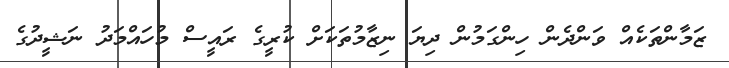
ޒަމާންތަކެއް ވަންދެން ހިންގަމުން ދިޔަ ނިޒާމުތަކަށް ކުރީގެ ރައީސް މުހައްމަދު ނަޝީދުގެ